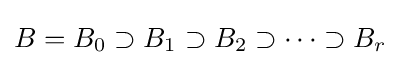
B=B_{0}\supset B_{1}\supset B_{2}\supset \cdots \supset B_{r}